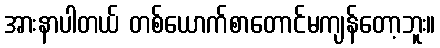
အားနာပါတယ် တစ်ယောက်စာတောင်မကျန်တော့ဘူး။